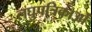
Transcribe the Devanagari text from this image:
लघुपत्रिकाओं